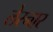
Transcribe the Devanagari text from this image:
लेस्नार